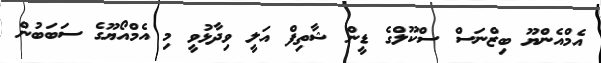
އެމްއެންޔޫ ބިޒްނަސް ސްކޫލްގެ ޑީން ޝާތިފް އަލީ ވިދާޅުވީ މި އެމްއޯޔޫގެ ސަބަބުން